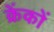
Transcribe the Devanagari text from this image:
क्रेंकों